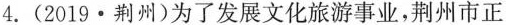
4.（2019·荆州）为了发展文化旅游事业，荆州市正